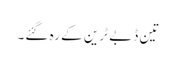
تین ڈبے ٹرین کے رہ گئے۔